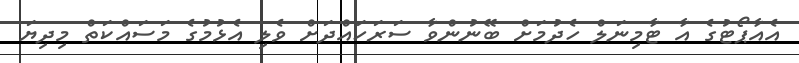
އެއާޕޯޓުގެ އާ ޓާމިނަލް ހެދުމަށް ބޭނުންވާ ސަރަހައްދަށް ވެލި އެޅުމުގެ މަސައްކަތް މިދިޔަ